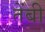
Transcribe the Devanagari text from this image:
तेंबी